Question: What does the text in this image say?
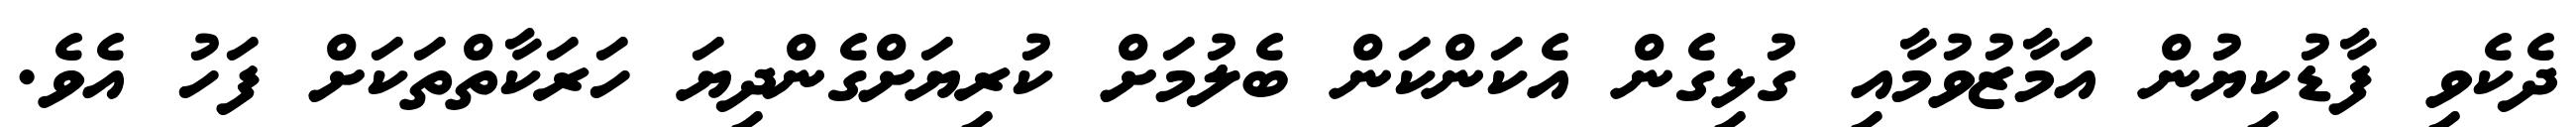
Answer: ދެކެވި ފާޑުކިޔުން އަމާޒުވުމާއި ގުޅިގެން އެކަންކަން ބެލުމަށް ކުރިޔަށްގެންދިޔަ ހަރަކާތްތަކަށް ފަހު އެވެ.